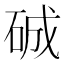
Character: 𥓉